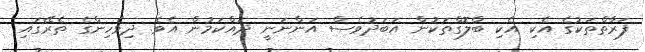
ފަރާތްތަކުގެ އެކި އެކި ބްލޮގްތަކުން އަބަދުވެސް އަންނަނީ ދައްކަމުން އެވެ. ދިވެހިންގެ ތެރޭގައި